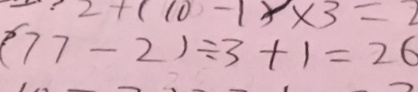
( 7 7 - 2 ) \div 3 + 1 = 2 6